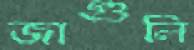
জাগুলি